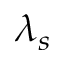
\lambda _ { s }